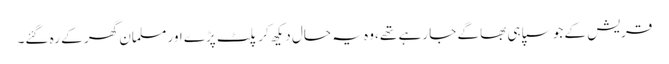
قریش کے جو سپاہی بھاگے جا رہے تھے ،وہ یہ حال دیکھ کر پلٹ پڑے اور مسلمان گھر کے رہ گئے۔